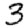
Digit: 3